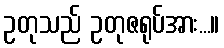
ဥတုသည် ဥတုဇရုပ်အား...။